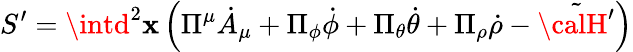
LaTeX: S^{\prime}=\intd^{2}\mathbf{x}\left(\Pi^{\mu}{\dot{{A}}}_{\mu}+\Pi_{\phi}{\dot{{\phi}}}+\Pi_{\theta}{\dot{{\theta}}}+\Pi_{\rho}{\dot{{\rho}}}-\tilde{{\calH^{\prime}}}\right)